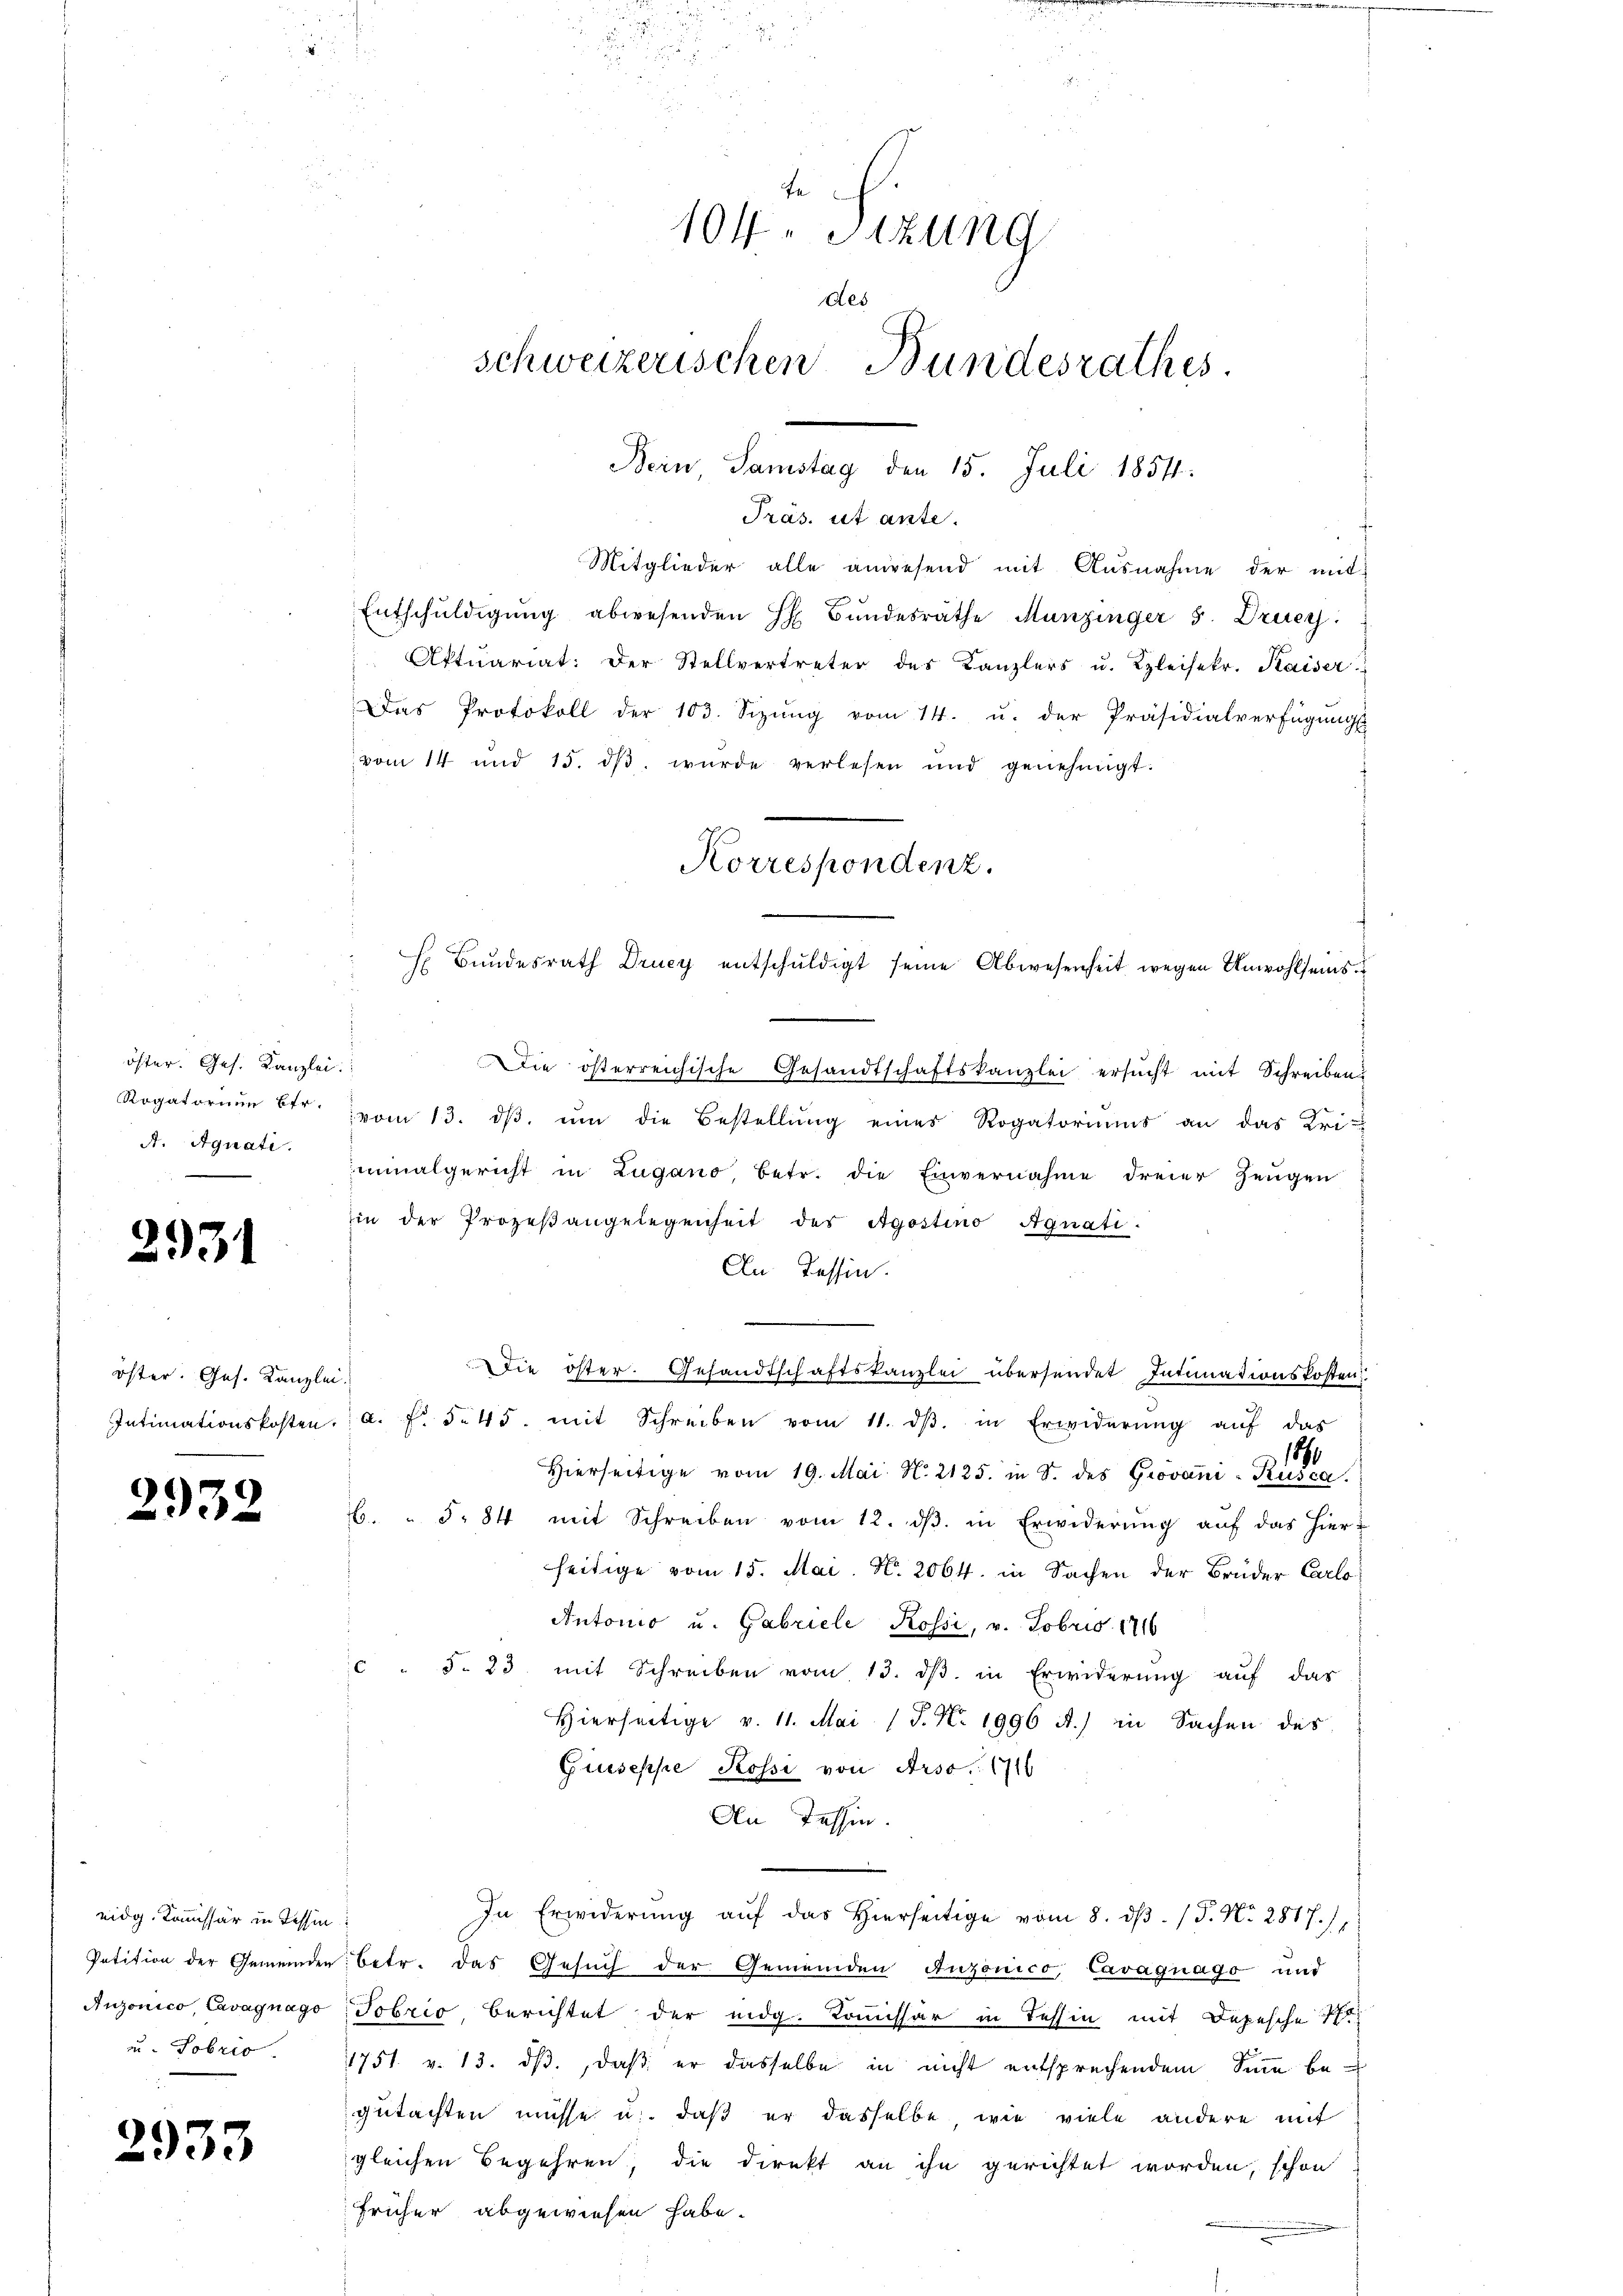
öster. Ges. Kanzlei
A. Aquati

2931

öster. Ges. Kanzlei.

2932

eidg. Kommissär in Tessin

)
2933

Bein, Samstag den 15. Juli 1854.
Präs. ist ante.
n
Mitglieder alle anwesend mit Ausnahme der mit
Entschuldigung abwesenden H Bŭndesräthe Munzinger 5. Drueg
Aktuariat: Der Stellvertreter des Kanzlers u. Kleisekr. Kaiser
Das Protokoll der 103. Sizŭng vom 14. u. der Präsidialverfügungs
vom 14 und 15. dβ wŭrde verlesen und genehmigt.
H Bundesrath Drucy entschuldigt seine Abwesenheit wegen Anwohlseins¬
Die österreichische Gesandtschaftskanzlei ersŭcht mit Schreiben
Rogatorium betr. vom 13. dβ. ŭm die Bestellŭng eines Rogatoriums an das Uri-
inalgericht in Lugano betr. die Einvernahme dreier Zeugen
in der Prozeβangelegenheit des Agostino Agnati
An Tessin.
die öster. Gesandtschaftskanzlei übersendet Intimationskosten
Intimationskosten. a. f. 3. 45. mit Schreiben vom 11. dβ. in Erwiderŭng aŭf das
1890
Hierseitige vom 19. Mai N. 2125. in S. des Giovani-Küsca.
6. " 5. 84 mit Schreiben vom 12. dβ. in Erwiderŭng aŭf das hiert
seitige vom 15. Mai. N. 2064. in Sachen der Brüder Carlo
Antonio u. Gabricle Rossi, v. Fobris 1716
C . §. 23 mit Schreiben vom 13. dβ in Erwiderung auf das
Hierseitige v. 11. Mai 1 S. Nr. 1996 A.) in Sachen des
Giuseppe Kossi von Arso. 1716
An Tessin.
In Erwiderŭng aŭf das hierseitige vom 8. dβ. / P. Nr. 2817,
Petition der Gemeinden: betr. das Gesuch der Gemeinden Anzonico, Cavagnago und
Anzonico, Cavagnago, Tobrio, berichtet der eidg. Komissär in Tessin mit Depesche
u. Sobrio. 1751. v. 13. ds., daß er dasselbe in nicht entsprechendem Sinne begutachten müsse u. daß er dasselbe, wie viele andere mit
gleichen Begehren, die Direkt an ihn gerichtet worden, schon
früher abgewiesen habe.

¬
fe
104. Sitzung
des
schweizerischen Bundesrathes.

Korrespondenz.